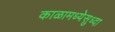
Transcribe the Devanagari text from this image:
काळामध्येसुध्दा